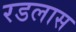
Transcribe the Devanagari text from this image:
रडलास